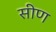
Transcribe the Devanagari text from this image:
सीण